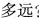
多远?